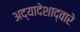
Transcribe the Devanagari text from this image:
अद्यादेशाद्वारे